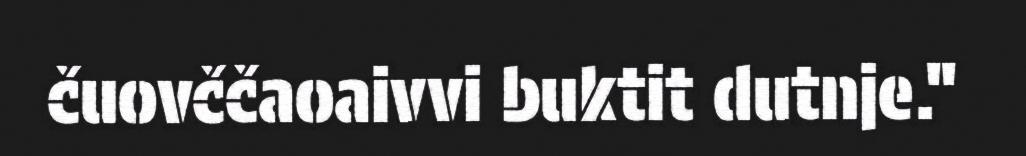
čuovččaoaivvi buktit dutnje."